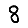
Digit: 8